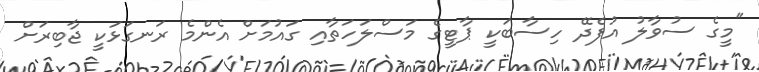
"މީގެ ސުވާލު އުފެދޭ ހިސާބަކީ ޕާޓީގެ މަސްލަހަތާއި ގައުމަށް އެންމެ ރަނގަޅަކީ ޖާބިރަށް